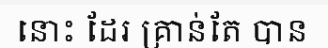
នោះ ដែរ គ្រាន់តែ បាន